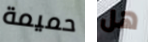
حميمة هل